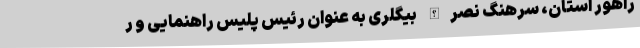
راهور استان، سرهنگ نصرالله بیگلری به عنوان رئیس پلیس راهنمایی و ر